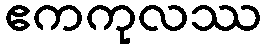
ဧကကုလဿ